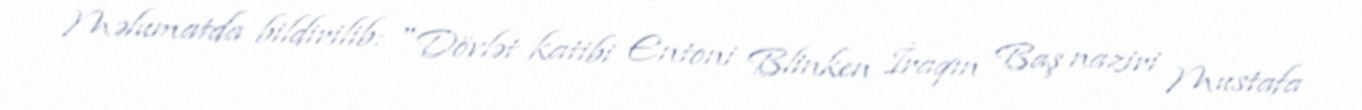
Məlumatda bildirilib: "Dövlət katibi Entoni Blinken İraqın Baş naziri Mustafa